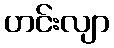
ဟင်းလျာ